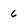
Character: 6